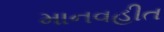
માનવહીત